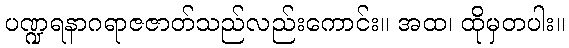
ပဏ္ဍရနာဂရာဇဇာတ်သည်လည်းကောင်း။ အထ၊ ထိုမှတပါး။